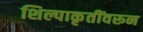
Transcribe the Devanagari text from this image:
शिल्पाकृतींवरून